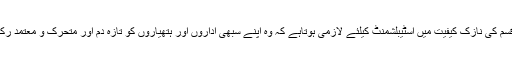
اس قسم کی نازک کیفیت میں اسٹیبلشمنٹ کیلئے لازمی ہوتاہے کہ وہ اپنے سبھی اداروں اور ہتھیاروں کو تازہ دم اور متحرک و معتمد رکھے۔